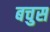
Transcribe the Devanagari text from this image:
बचुस